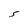
Character: s